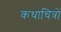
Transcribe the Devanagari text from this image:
कथाचित्रों